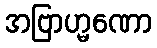
အဗြာဟ္မဏော